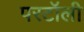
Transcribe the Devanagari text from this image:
परटॉली